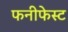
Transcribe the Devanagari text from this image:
फनीफेस्ट